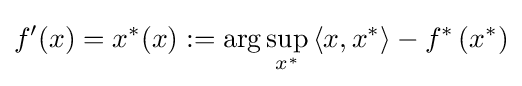
f^{\prime }(x)=x^{*}(x):=\arg \sup _{x^{*}}{\langle x,x^{*}\rangle }-f^{*}\left(x^{*}\right)